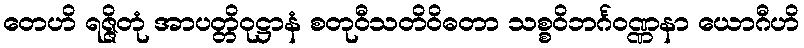
တေဟိ ရဇ္ဇိတုံ အာပတ္တိဝုဋ္ဌာနံ စတုဝီသတိဝိဓတာ သစ္စဝိဘင်္ဂဝဏ္ဏနာ ယောဂီဟိ